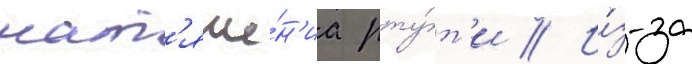
нат'яже́н'иа рту́т'и // И́з-за